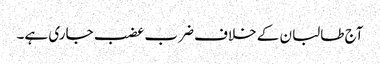
آج طالبان کے خلاف ضرب عضب جاری ہے۔